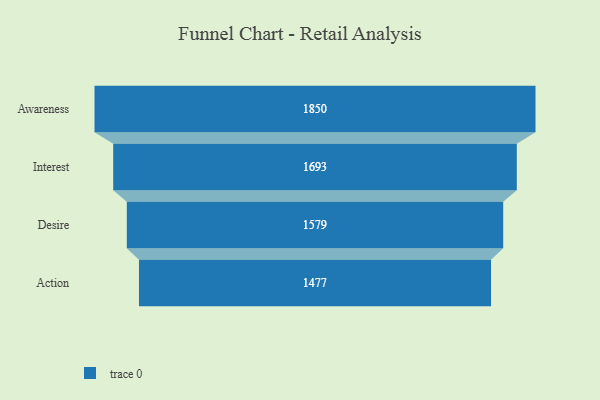
{"axis": {"x": "Stage", "y": "Value"}, "legend": [""], "data": [{"x": "Awareness", "y": 1850.0, "type": ""}, {"x": "Interest", "y": 1693.0, "type": ""}, {"x": "Desire", "y": 1579.0, "type": ""}, {"x": "Action", "y": 1477.0, "type": ""}]}